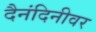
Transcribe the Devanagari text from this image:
दैनंदिनीवर